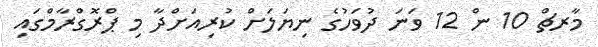
މާރޗް 10 ން 12 ވަނަ ދުވަހުގެ ނިޔަލަށް ކުރިއަށްދާ މި ޕްރޮގްރާމްގައި